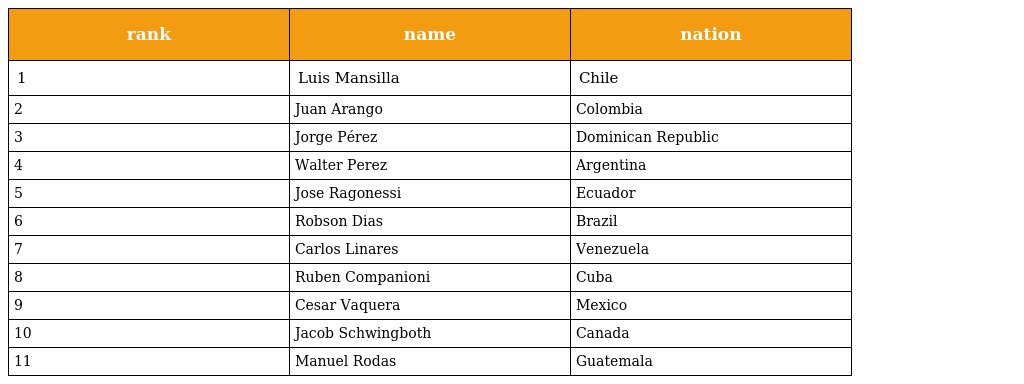
| rank | name | nation |
 | --- | --- | --- |
 | 1 | Luis Mansilla | Chile |
 | 2 | Juan Arango | Colombia |
 | 3 | Jorge Pérez | Dominican Republic |
 | 4 | Walter Perez | Argentina |
 | 5 | Jose Ragonessi | Ecuador |
 | 6 | Robson Dias | Brazil |
 | 7 | Carlos Linares | Venezuela |
 | 8 | Ruben Companioni | Cuba |
 | 9 | Cesar Vaquera | Mexico |
 | 10 | Jacob Schwingboth | Canada |
 | 11 | Manuel Rodas | Guatemala |